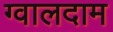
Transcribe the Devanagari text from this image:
ग्वालदाम